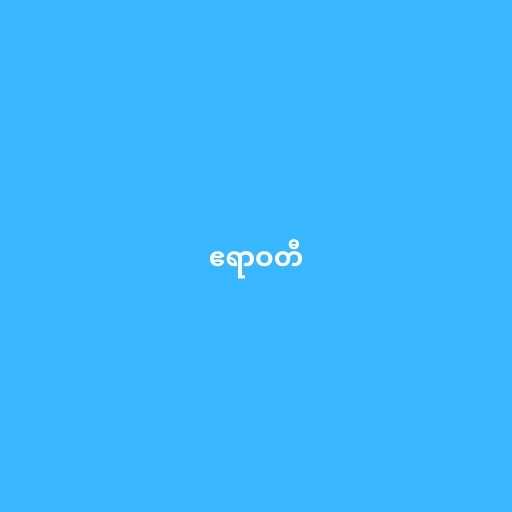
ဧရာဝတီ